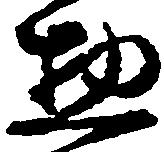
惣